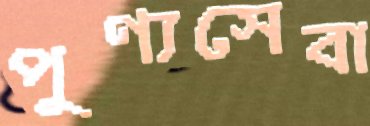
পুণ্যসেবা